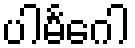
ပါမင်္ဂေါ